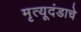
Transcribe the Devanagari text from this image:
मृत्यूदंडाचे